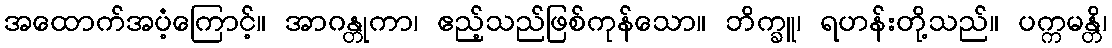
အထောက်အပံ့ကြောင့်။ အာဂန္တုကာ၊ ဧည့်သည်ဖြစ်ကုန်သော။ ဘိက္ခူ၊ ရဟန်းတို့သည်။ ပက္ကမန္တိ၊